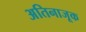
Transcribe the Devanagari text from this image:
अतिनाजूक